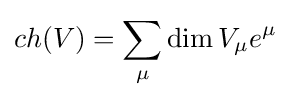
ch(V)=\sum _{\mu }\dim V_{\mu }e^{\mu }